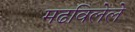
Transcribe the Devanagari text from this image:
मढविलेले